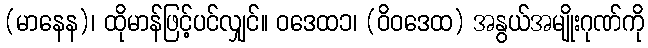
(မာနေန)၊ ထိုမာန်ဖြင့်ပင်လျှင်။ ဝဒေထ၁၊ (ဝိဝဒေထ) အနွယ်အမျိုးဂုဏ်ကို